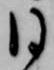
日